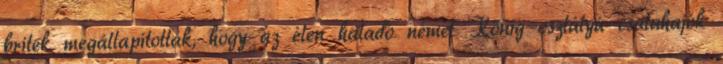
britek megállapították, hogy az élen haladó német König-osztályú csatahajók